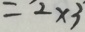
= 2 \times 3